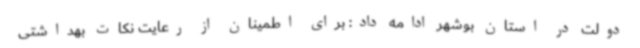
دولت در استان بوشهر ادامه داد: برای اطمینان از رعایت نکات بهداشتی